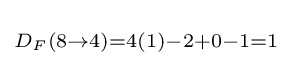
\scriptstyle D_{F}(8\rightarrow 4)=4(1)-2+0-1=1